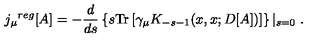
{ j _ { \mu } } ^ { r e g } [ A ] = - \frac { d } { d s } \left\{ s \mathrm { T r } \left[ \gamma _ { \mu } K _ { - s - 1 } ( x , x ; D [ A ] ) \right] \right\} \left| _ { s = 0 } \right. .